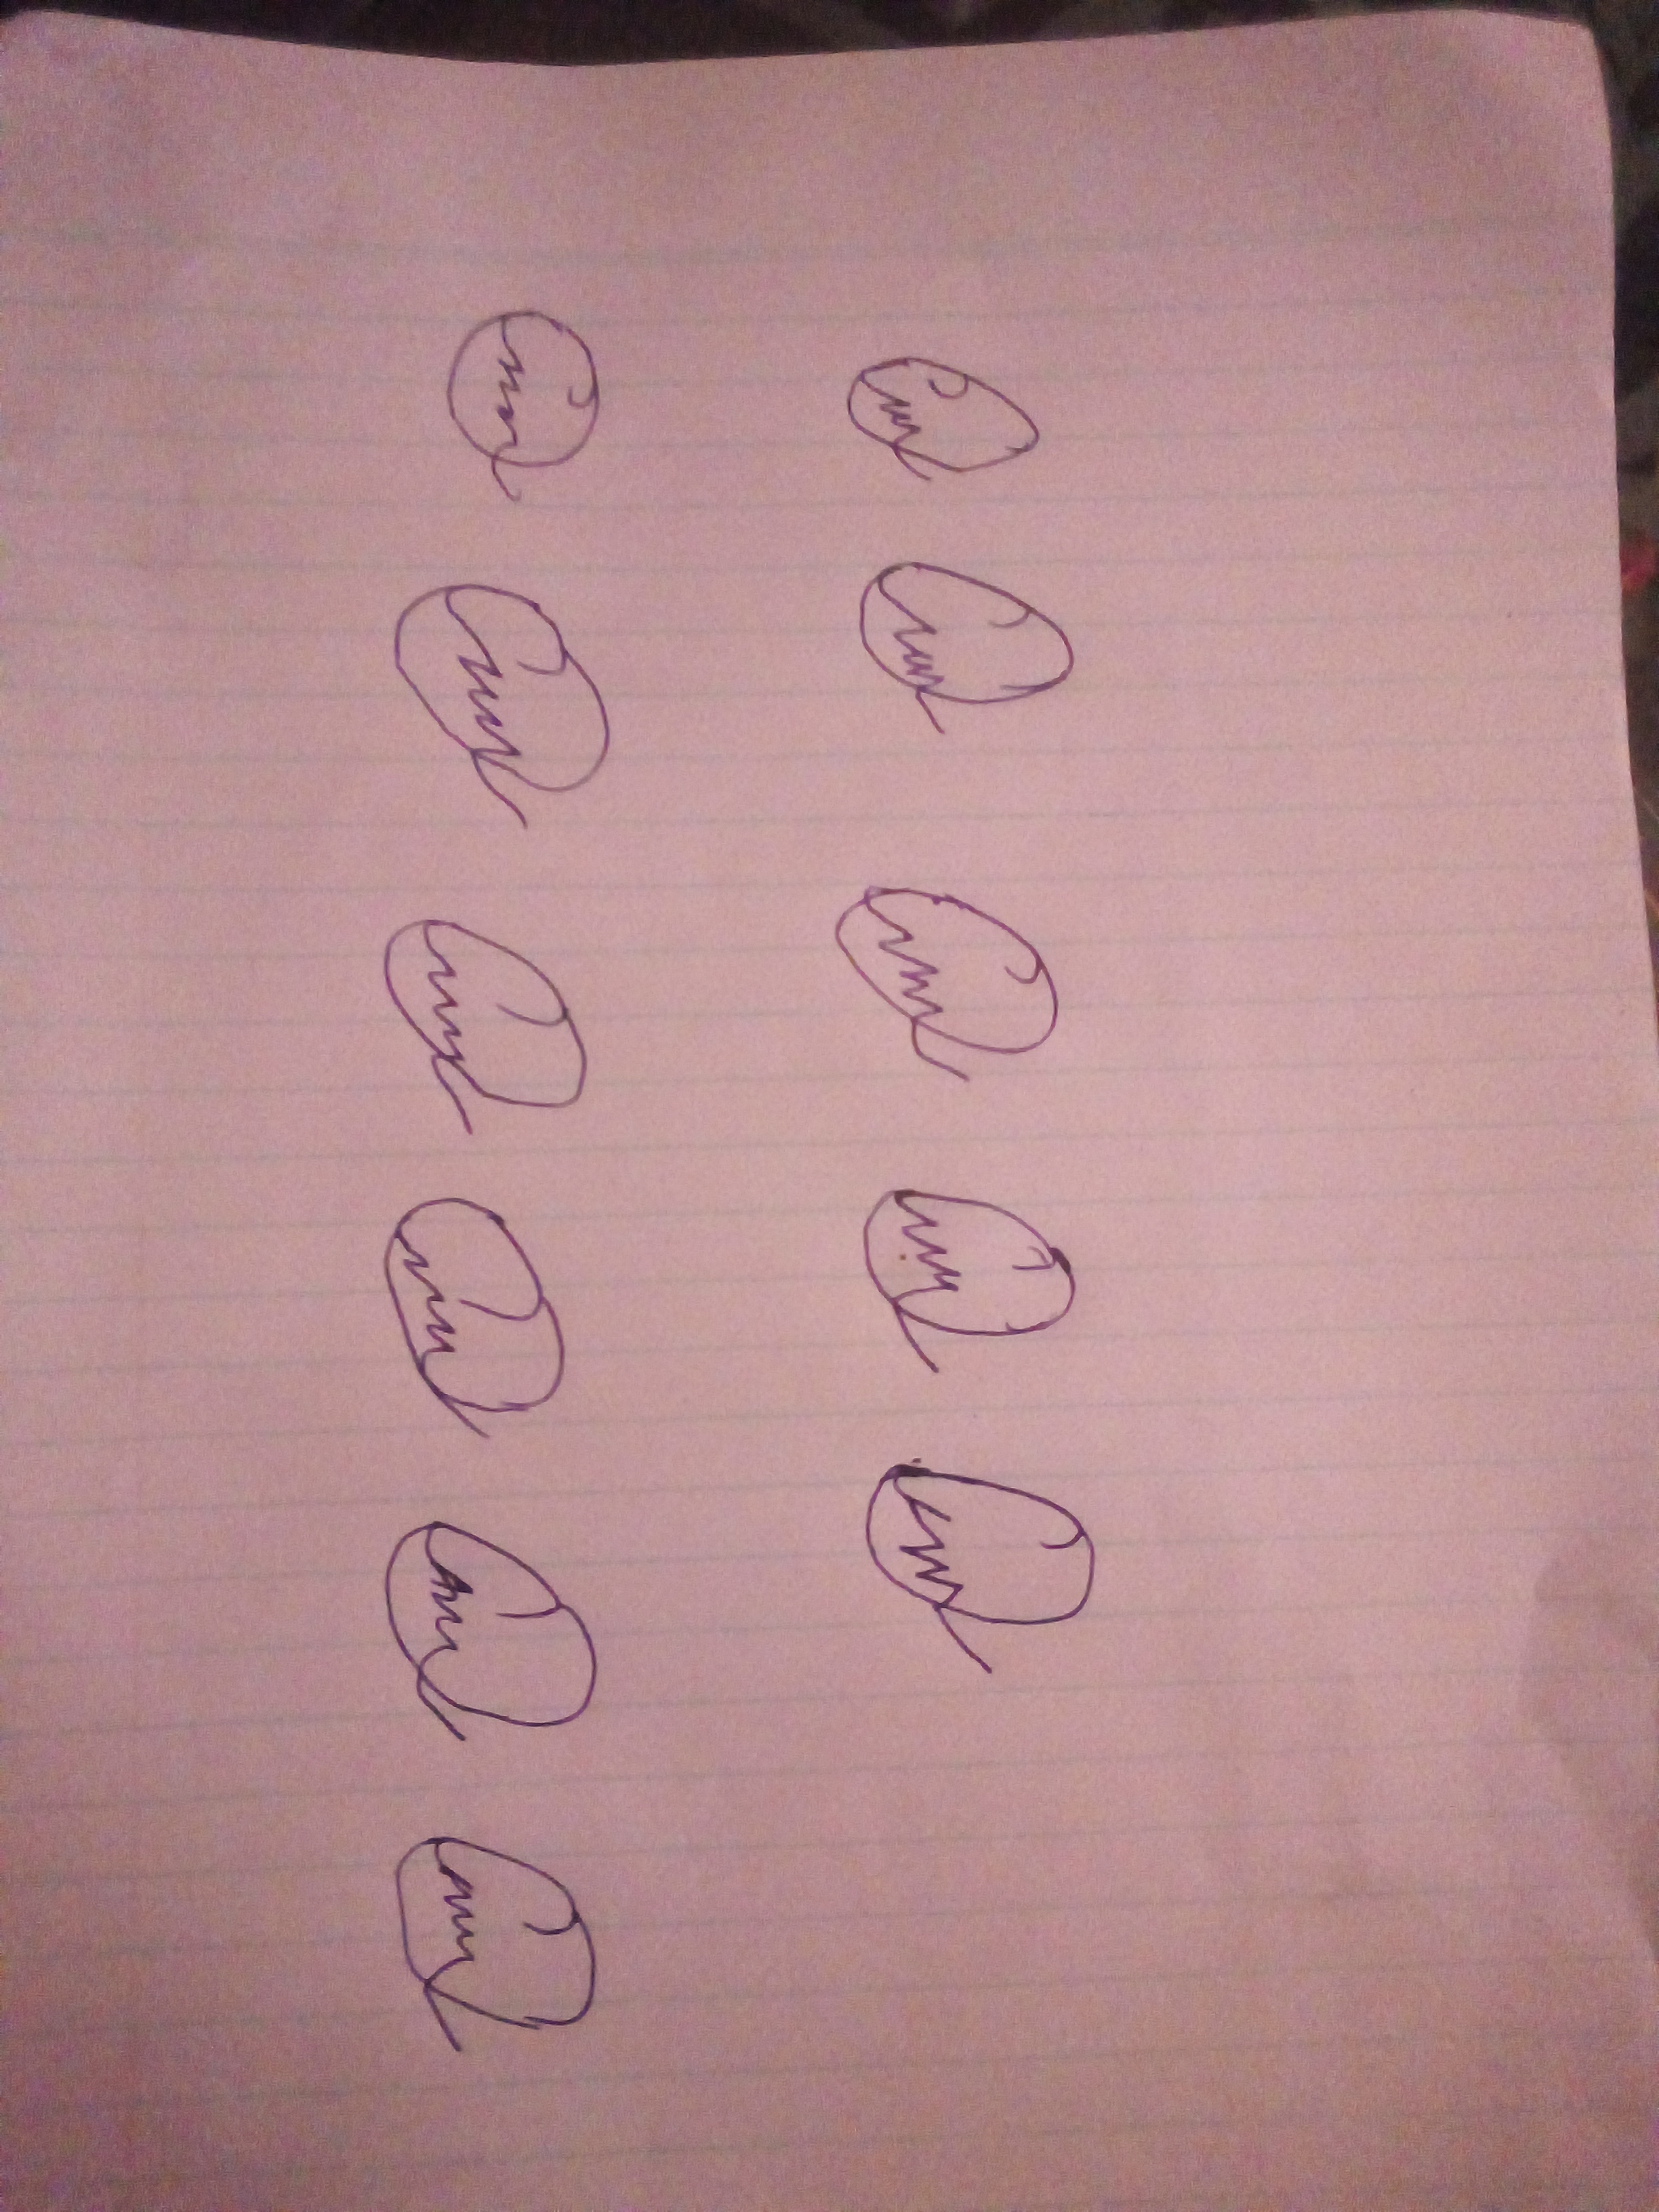
Signature authenticity: forged